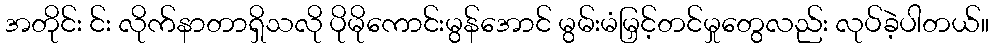
အတိုင်း င်း လိုက်နာတာရှိသလို ပိုမိုကောင်းမွန်အောင် မွမ်းမံမြှင့်တင်မှုတွေလည်း လုပ်ခဲ့ပါတယ်။